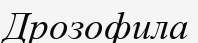
Дрозофила